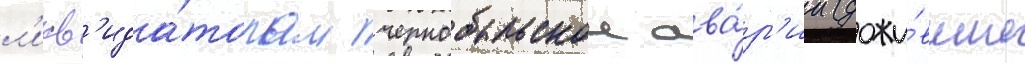
л'икв'ида́торам чернобыльскои ава́р'ии (дожи́вшие